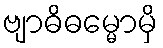
ဗျာဓိဓမ္မောမှိ